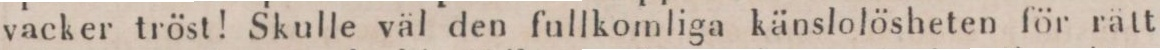
vacker tröst! Skulle väl den fullkomliga känslolösheten för rätt